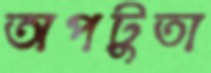
অপটুতা